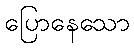
ပြောနေသော